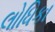
લોધિકા